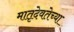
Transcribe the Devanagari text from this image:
मातृदेवतेच्या